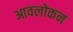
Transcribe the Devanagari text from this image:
आवलोकन